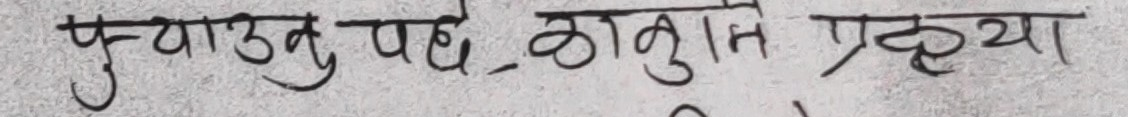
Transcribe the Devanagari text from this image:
पुवाउनु पर्छ, छान्न प्रक्रिया